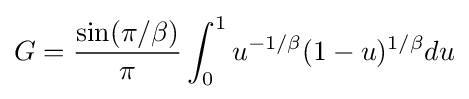
G={\sin(\pi /\beta ) \over {\pi }}\int _{0}^{1}u^{-1/\beta }(1-u)^{1/\beta }du